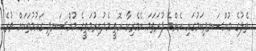
ތެލުގެ މުއްސަނދިކަމުގައި އެންމެ ފުރަތަމަ އެމެރިކާ އޮތީ މެދުއިރުމަތީގެ މުއްސަނދި ގައުމުތަކަށް ވުރެ